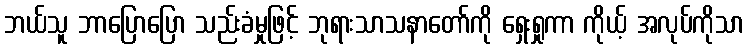
ဘယ်သူ ဘာပြောပြော သည်းခံမှုဖြင့် ဘုရားသာသနာတော်ကို ရှေးရှုကာ ကိုယ့် အလုပ်ကိုသာ